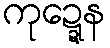
ကုဍ္ဍေန